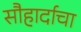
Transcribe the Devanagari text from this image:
सौहार्दाचा